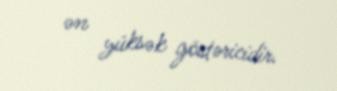
ən yüksək göstəricidir.